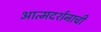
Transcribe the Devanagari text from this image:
आत्मदर्शनाची